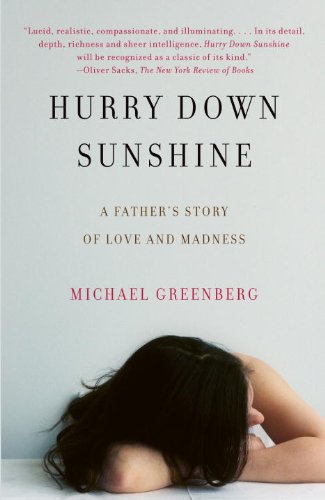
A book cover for Hurry Down Sunshine: A Father's Story of Love and Madness; Michael Greenberg; Health, Fitness & Dieting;